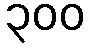
၃၀၀